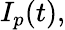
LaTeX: I_{p}(t),